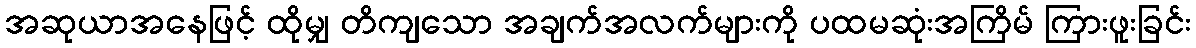
အဆုယာအနေဖြင့် ထိုမျှ တိကျသော အချက်အလက်များကို ပထမဆုံးအကြိမ် ကြားဖူးခြင်း